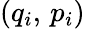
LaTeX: (q_{i},\, p_{i})